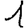
Digit: 1